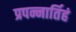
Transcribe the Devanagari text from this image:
प्रपन्नार्तिहं